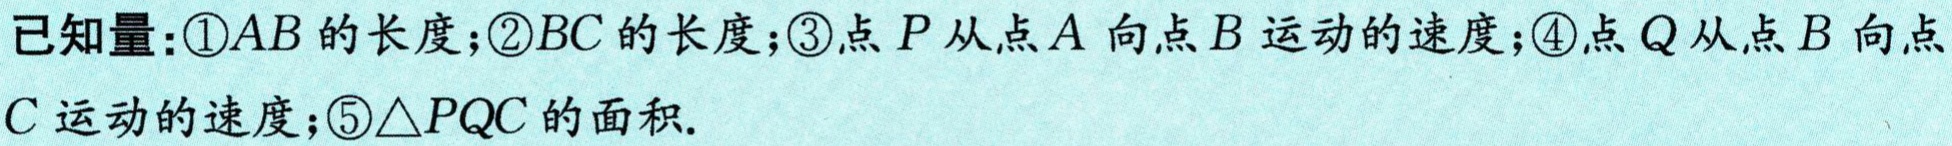
已知量：\textcircled{1}\(AB\)的长度；\textcircled{2}\(BC\)的长度；\textcircled{3}点\(P\)从点\(A\)向点\(B\)运动的速度；\textcircled{4}点\(Q\)从点\(B\)向点\(C\)运动的速度；\textcircled{5}\(\triangle PQC\)的面积.